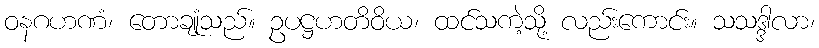
ဝနဂဟဏံ၊ တောချုံသည်။ ဥပဋ္ဌဟတိဝိယ၊ ထင်သကဲ့သို့ လည်းကောင်း။ သသဒ္ဒါလာ၊